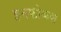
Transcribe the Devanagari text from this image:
इनफोकस